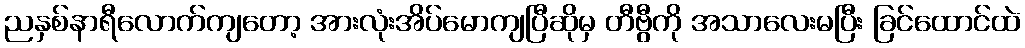
ညနှစ်နာရီလောက်ကျတော့ အားလုံးအိပ်မောကျပြီဆိုမှ တီဗွီကို အသာလေးမပြီး ခြင်ထောင်ထဲ